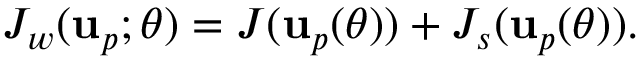
J _ { w } ( \mathbf { u } _ { p } ; \theta ) = J ( \mathbf { u } _ { p } ( \theta ) ) + J _ { s } ( \mathbf { u } _ { p } ( \theta ) ) .